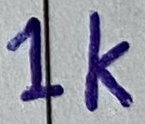
Text: 1K